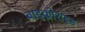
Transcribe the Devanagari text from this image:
बाइक्लोराइड